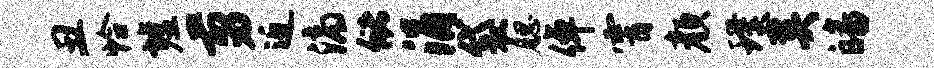
丑恰墟剪近滴储涓袋腮倬霄颜璞奚皤